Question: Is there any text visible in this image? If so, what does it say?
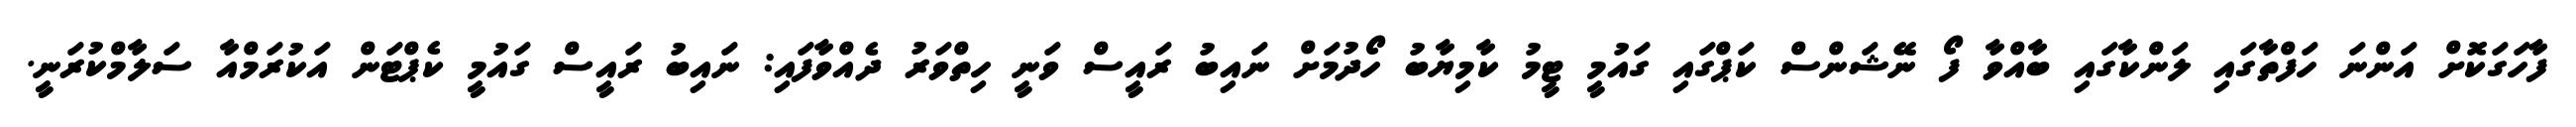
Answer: ފާހަގަކޮށް އަންނަ ހަފްތާގައި ލަންކާގައި ބާއްވާ ފޯ ނޭޝަންސް ކަޕްގައި ގައުމީ ޓީމު ކާމިޔާބު ހޯދުމަށް ނައިބު ރައީސް ވަނީ ހިތްވަރު ދެއްވާފައި: ނައިބު ރައީސް ގައުމީ ކެޕްޓަން އަކުރަމްއާ ސަލާމްކުރަނީ.